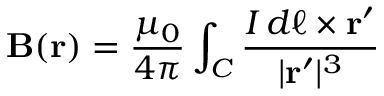
\mathbf { B } ( \mathbf { r } ) = { \frac { \mu _ { 0 } } { 4 \pi } } \int _ { C } { \frac { I \, d { \boldsymbol { \ell } } \times \mathbf { r ^ { \prime } } } { | \mathbf { r ^ { \prime } } | ^ { 3 } } }